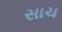
સાચ